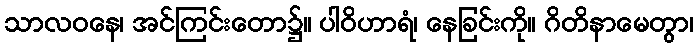
သာလဝနေ၊ အင်ကြင်းတော၌။ ပါဝိဟာရံ၊ နေခြင်းကို။ ဂိတိနာမေတွာ၊